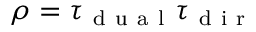
\rho = \tau _ { \mathrm { ~ d ~ u ~ a ~ l ~ } } \tau _ { \mathrm { ~ d ~ i ~ r ~ } }